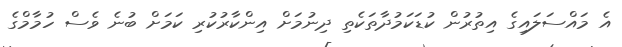
އެ މައްސަލައިގެ އިތުރުން ކުޑަކަމުދާތަކެތި ދިނުމަށް އިންކާރުކުރި ކަމަށް ބުނެ ވެސް ހުމާމްގެ